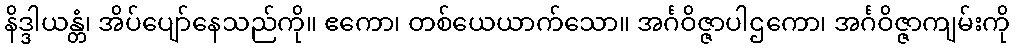
နိဒ္ဒါယန္တံ၊ အိပ်ပျော်နေသည်ကို။ ဧကော၊ တစ်ယေယာက်သော။ အင်္ဂဝိဇ္ဇာပါဌကော၊ အင်္ဂဝိဇ္ဇာကျမ်းကို